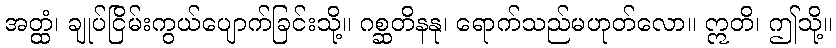
အတ္ထံ၊ ချုပ်ငြိမ်းကွယ်ပျောက်ခြင်းသို့။ ဂစ္ဆတိနနု၊ ရောက်သည်မဟုတ်လော။ ဣတိ၊ ဤသို့။